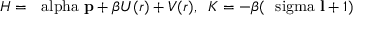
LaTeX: H = \mathrm { \boldmath ~ \ a l p h a ~ } { \bf p } + \beta U ( r ) + V ( r ) , \; \; K = - \beta ( \mathrm { \boldmath ~ \ s i g m a ~ } { \bf l } + 1 )